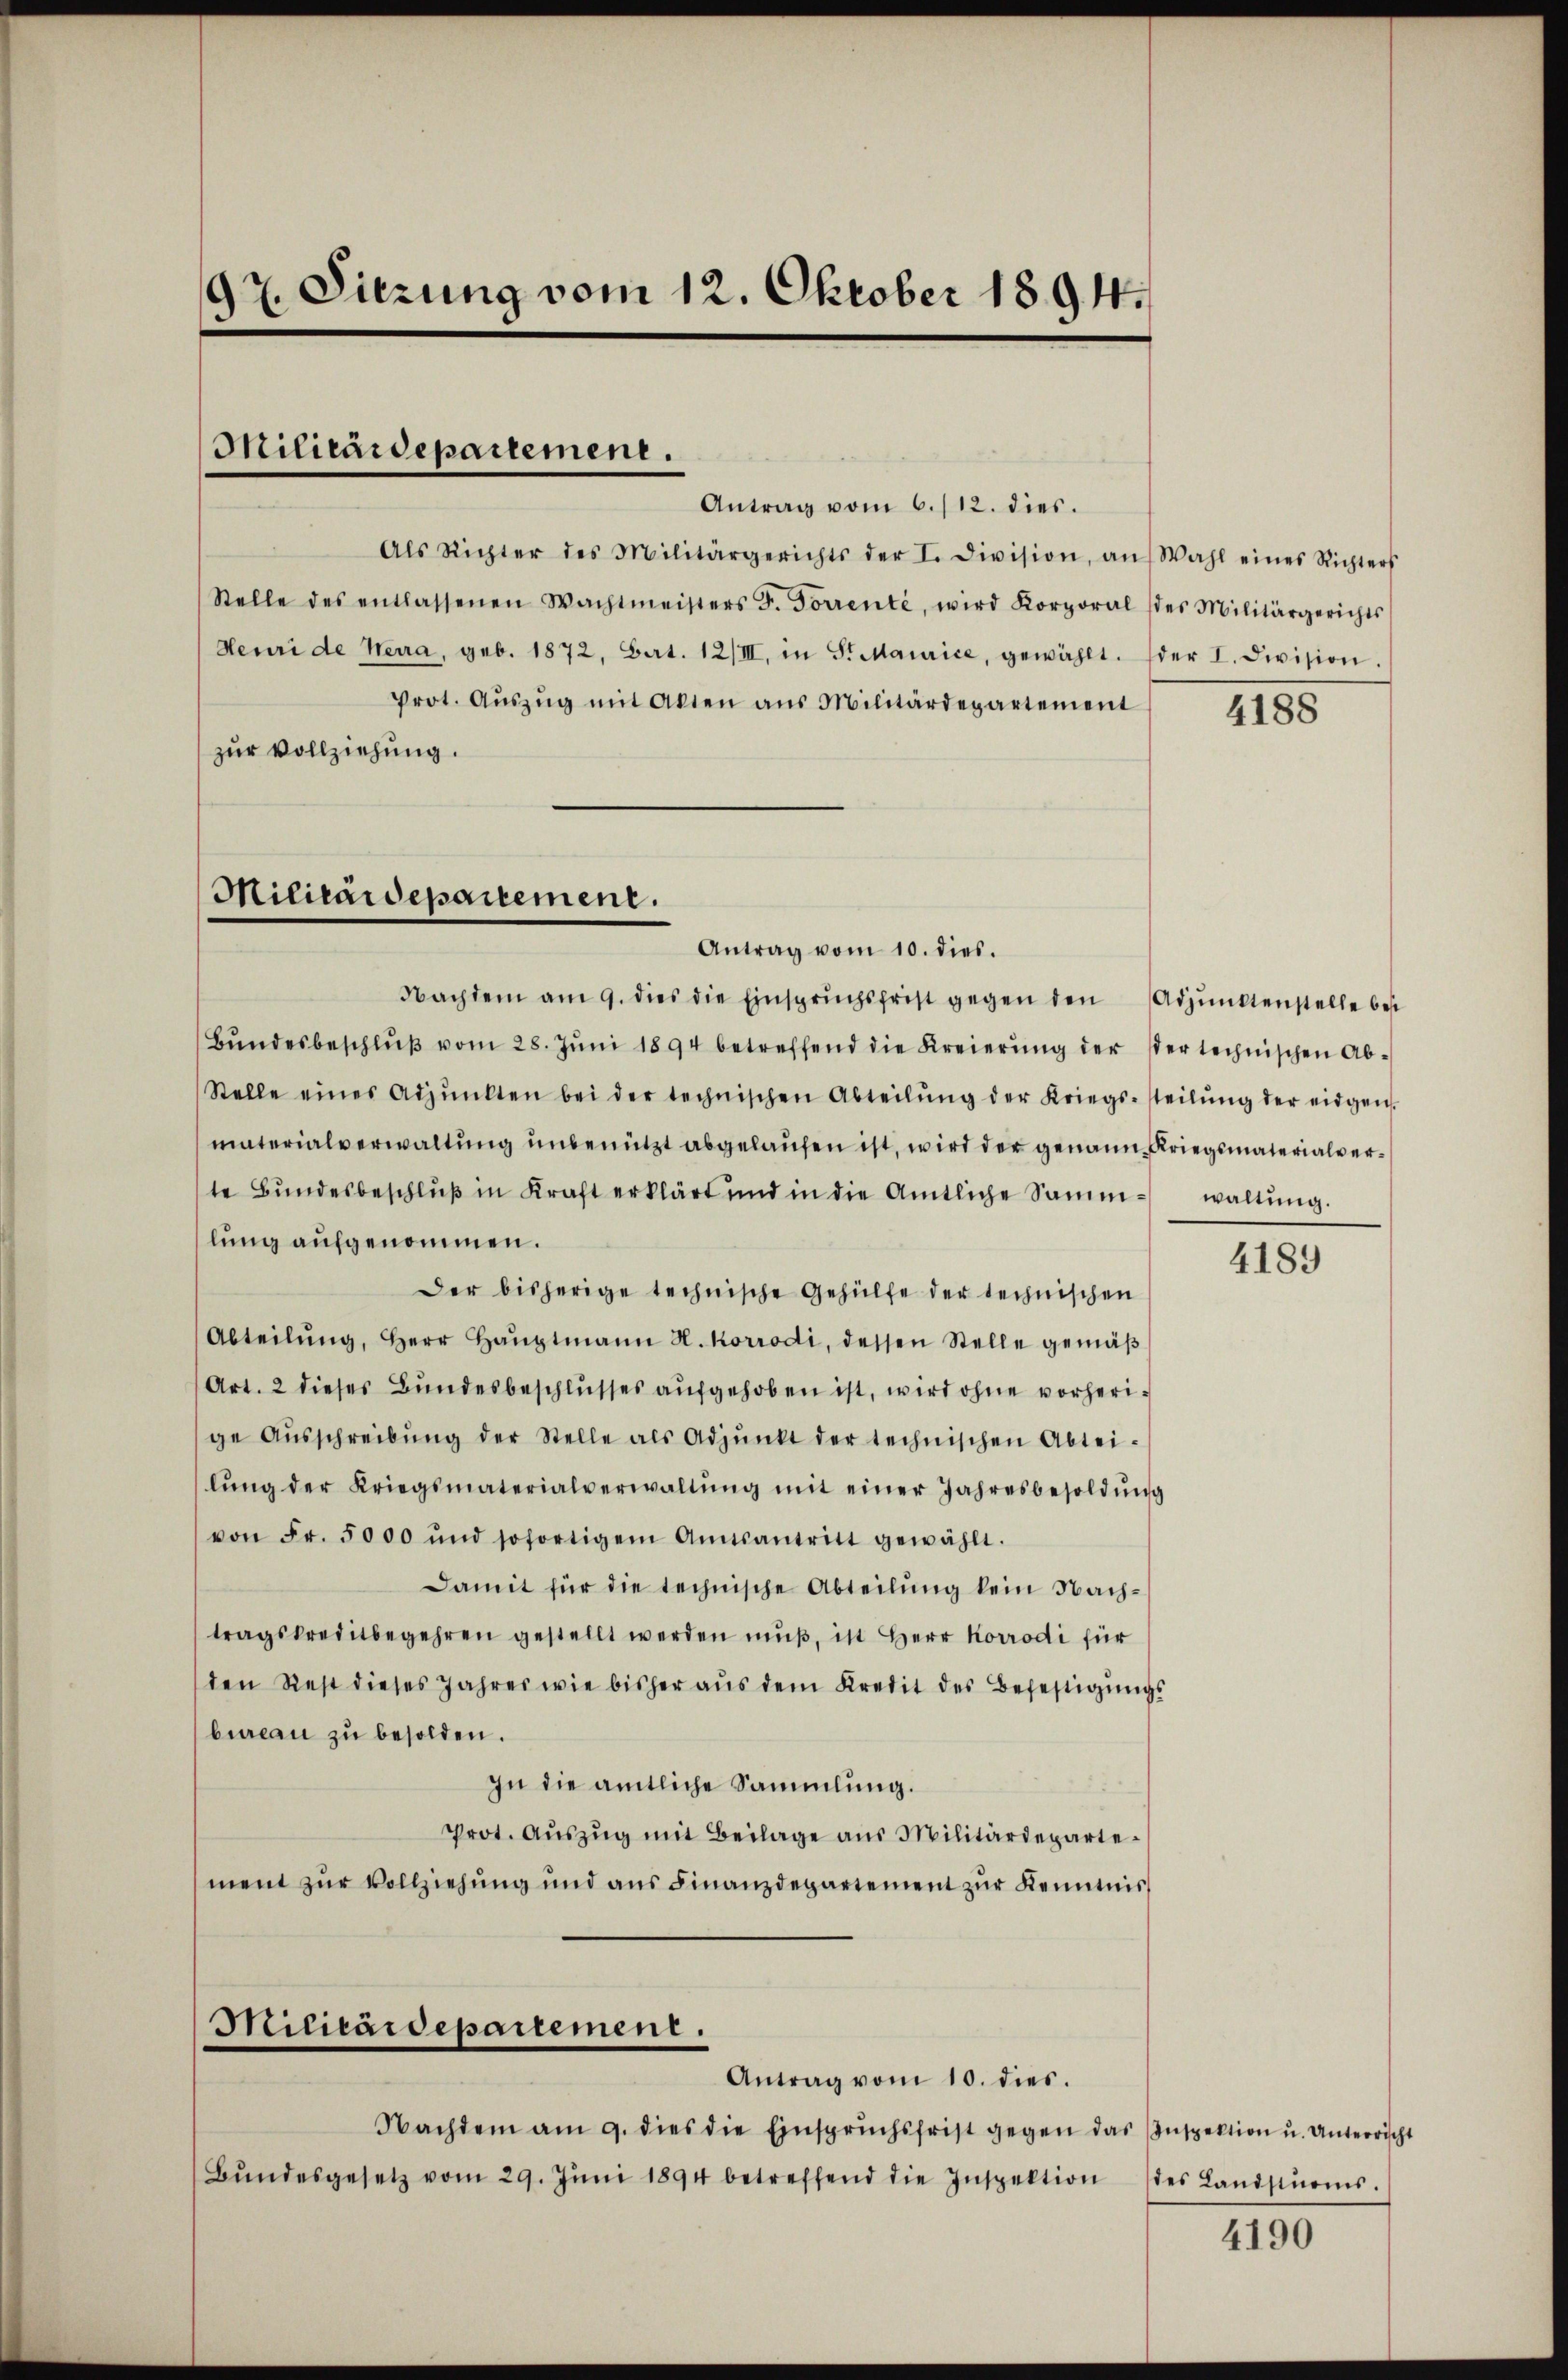
97. Sitzung vom 12. Oktober 1894.

Militärdepartement.

Antrag vom 6./12. dies.
Als Richter des Militärgerichts der I. Division, an Wahl eines Richters
Stelle des entlassenen Wachtmeisters F. Forrente, wird Korporal (des Militärgerichts
Heuri de Neera, geb. 1872, Bart. 12/III, in S. Maurice, gewählt. der I. Division.
Prot. Aŭszŭg mit Akten aus Militärdepartement
zur Vollziehung.

Militärdepartement.

Militärdepartement.

Nachdem am 9. dies die Einsprŭchsfrist gegen den Adjunktenstelle best
Bŭndesbeschlŭβ vom 28. Jŭni 1894 betreffend die Kreierŭng der der technischen Ab-
Stelle eines Adpŭnkten bei der technischen Abteilŭng der Kriegs-steilŭng der eidgen.
materialverwaltŭng ŭnbenützt abgelaŭfen ist, wird der genann Kriegsmaterialverte Bundesbeschluß in Kraft erklärt und in die Amtliche Samm- waltung.
lung aufgenommen.
Der bisherige technische Gehülfe der technischen
Abteilŭng, Herr Haŭptmann H. Korrodi, dessen Stelle gemäβ
Art. 2 dieses Bundesbeschlusses aufgehoben ist, wird ohne vorherige Aŭsschreibŭng der Stelle als Adjunkt der technischen Abtei-
lŭng der Kriegsmaterialverwaltŭng mit einer Jahresbesoldŭng
von Fr. 5000 und sofortigem Amtsantritt gewählt.
Damit für die technische Abteilŭng kein Nach-
tragskreditbegehren gestellt werden mŭβ, ist Herr Korrodi für
den Rest dieses Jahres wie bisher aŭs dem Kredit des Befestigungs
bureau zu besolden.
In die amtliche Sammlung.
Prot. Aŭszŭg mit Beilage aus Militärdepartement zur Vollziehung und aus Finanzdepartement zur Kenntnis

Antrag vom 10. dies.

Antrag vom 10. dies.
Nachdem am 9. dies die Einsprŭchsfrist gegen das Inspektion u. Unterrischt
Bŭndesgesetz vom 29. Jŭni 1894 betreffend die Inspektion des Landsiŭms.

4188

4189

4190